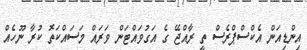
އިންޑިއަން އެކްސްޕްރެސް ތީ ރާއްޖޭ ގެ އަގުވައްޓަަން ވަރައް މަސައްކަތޮ ކުރާ ނޫހެއް